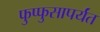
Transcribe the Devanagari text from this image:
फुप्फुसापर्यंत